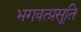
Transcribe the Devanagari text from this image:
भगवत्प्रसूति